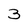
Character: 3